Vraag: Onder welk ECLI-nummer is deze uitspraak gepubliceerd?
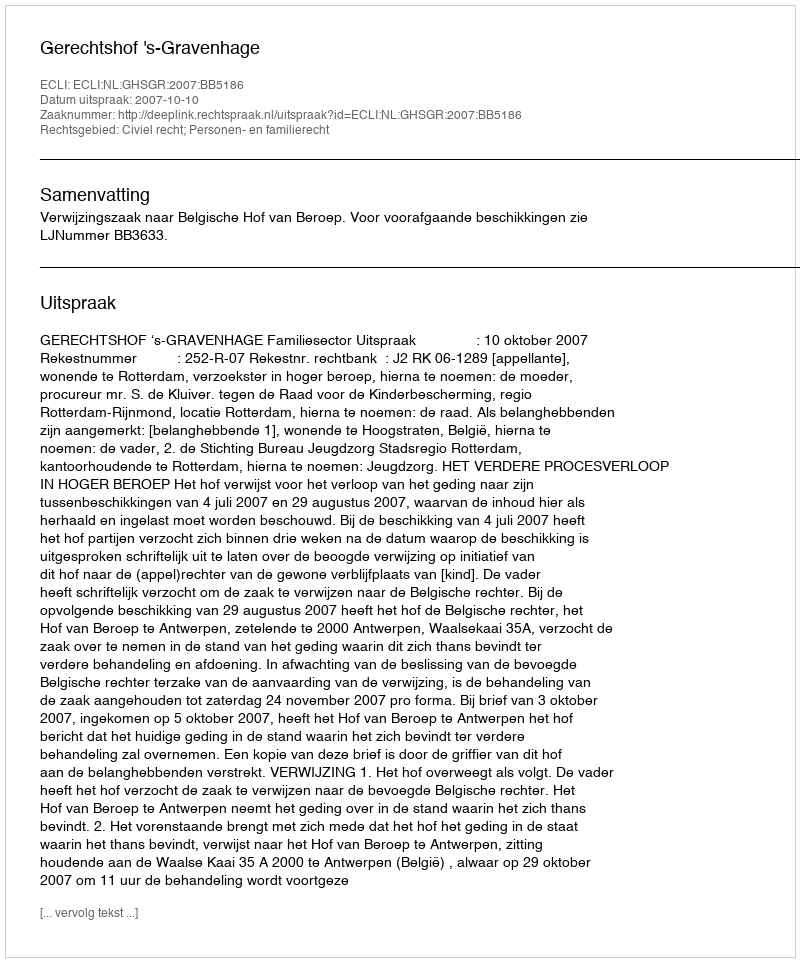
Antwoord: ECLI:NL:GHSGR:2007:BB5186